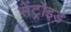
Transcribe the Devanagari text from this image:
सेंट्रोइड